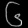
Digit: ၆